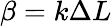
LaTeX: \beta=k\Delta L